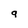
Character: g